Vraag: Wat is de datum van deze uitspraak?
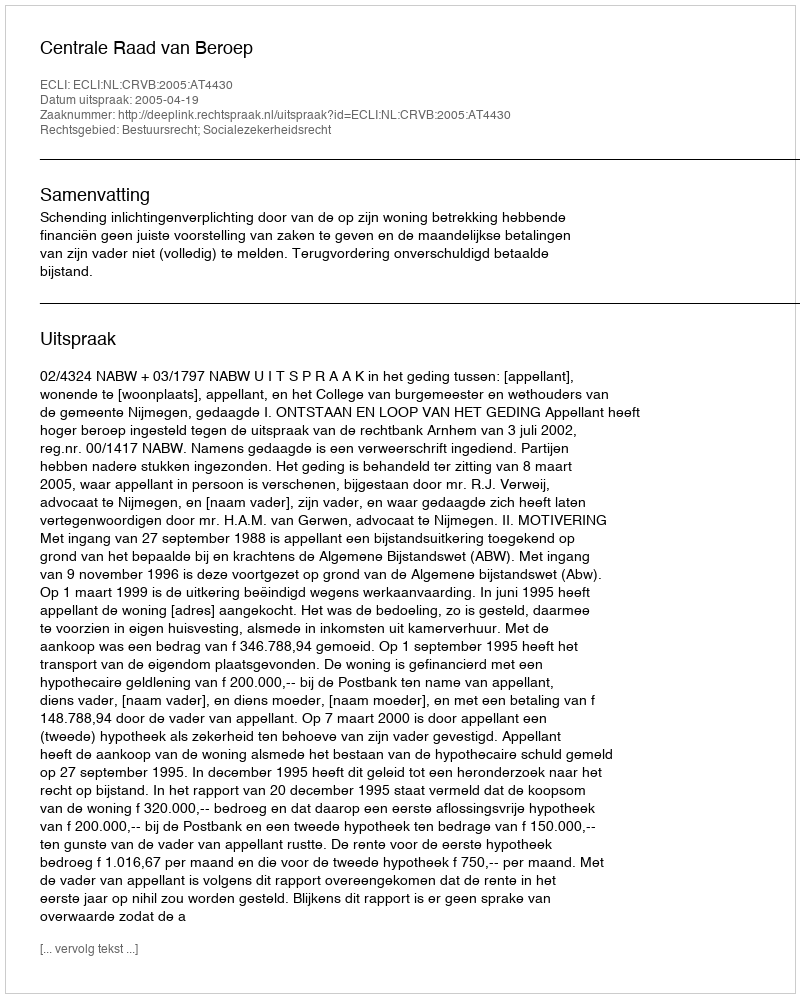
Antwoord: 2005-04-19